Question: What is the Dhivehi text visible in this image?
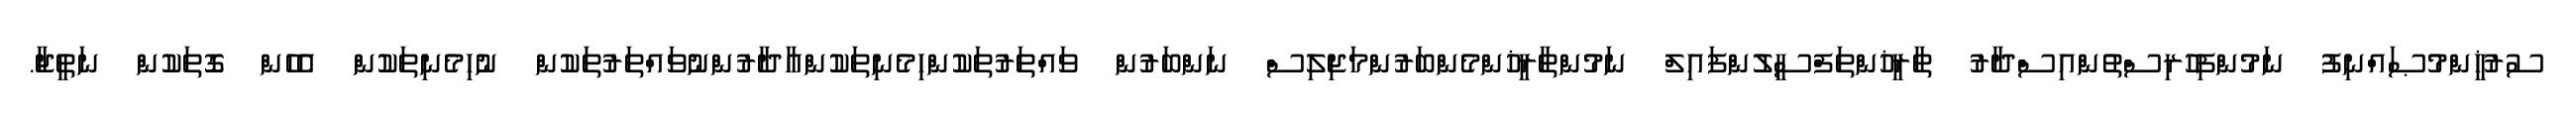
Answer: ސުރުޚީންމުޞައްނިފު ނަމުންފިހުރިސްތުންއިސްދާރު ތާރީޚުންތަފްސީލުންފައިލް ނަމުންތާރީޚުންމެންބަރުންމަޖިލިސް ނަންބަރުން ވައްތަރުތަކުންހިމެނިތަކުންއާދާރުންނުވައްތަރުތަކުން ނުހިމެނިތަކުން އެހެން ގޮތަކުން ނަތީޖާ.